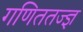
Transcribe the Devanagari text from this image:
गणिततज्ज्ञ